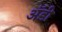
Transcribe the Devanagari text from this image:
अॅडी